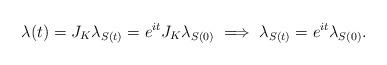
LaTeX: \begin{align*}\lambda(t) = J_K \lambda_{S(t)} = e^{it} J_K\lambda_{S(0)} \implies \lambda_{S(t)} = e^{it}\lambda_{S(0)}.\end{align*}